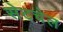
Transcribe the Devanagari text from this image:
सेटचेल